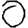
Digit: 0